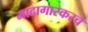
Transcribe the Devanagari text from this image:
मादागास्करचे